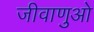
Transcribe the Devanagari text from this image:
जीवाणुओ